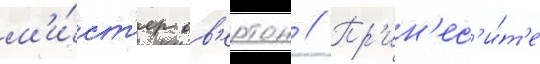
м'и́ст'ер ов'ертон // Пр'ин'ес'и́т'е